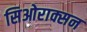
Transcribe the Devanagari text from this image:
सिओराक्सन